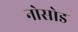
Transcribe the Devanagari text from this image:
नोसोड